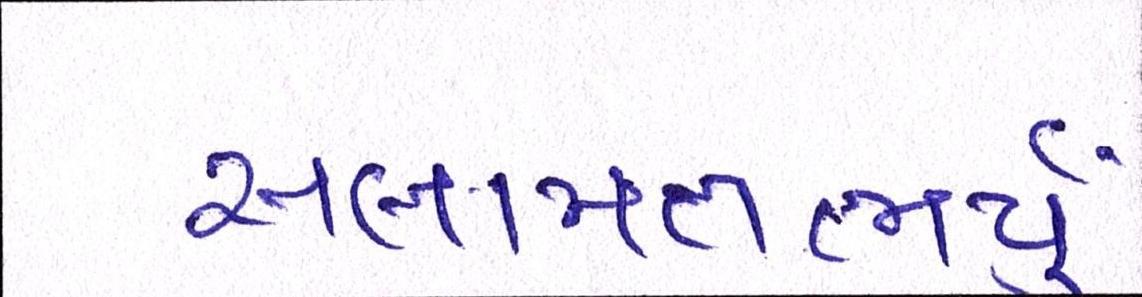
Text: સલામતભર્યું